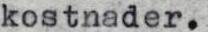
kostnader.